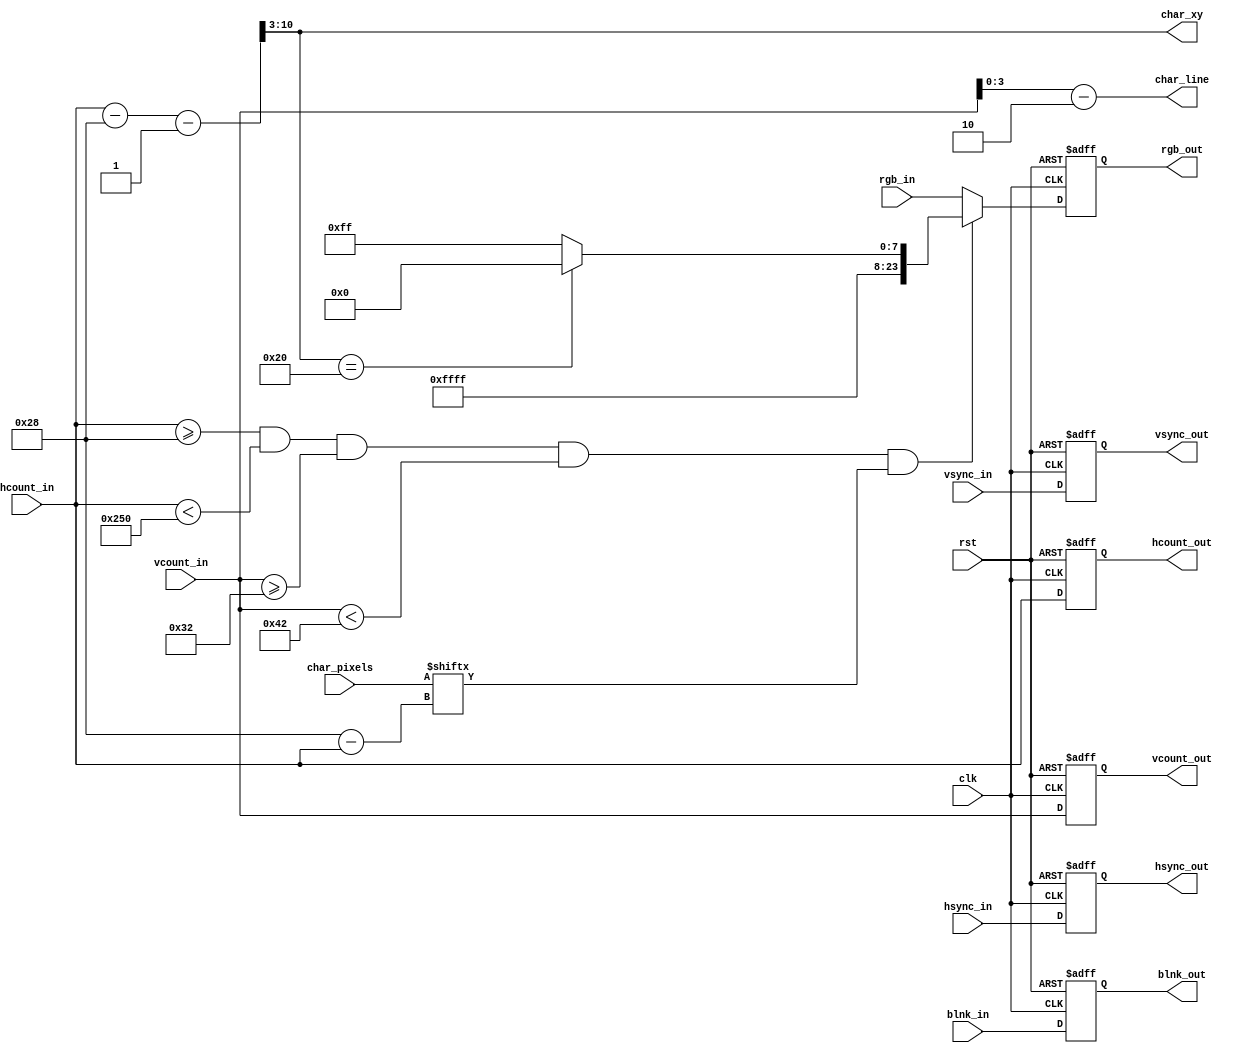
module DrawMarioScore(
    input wire clk,
    input wire rst,
    input wire [9:0] hcount_in,
    input wire hsync_in,
    input wire [9:0] vcount_in,
    input wire vsync_in,
    input wire [23:0] rgb_in,
    input wire blnk_in,
    input wire [7:0] char_pixels,
    output reg [9:0] hcount_out,
    output reg hsync_out,
    output reg [9:0] vcount_out,
    output reg vsync_out,
    output reg [23:0] rgb_out,
    output reg blnk_out,
    output reg [7:0] char_xy,
    output reg [3:0] char_line
    );
    reg [23:0] rgb_nxt;
    localparam XPOS     = 40;
    localparam YPOS     = 50;
    localparam WIDTH    = 552;
    localparam HEIGHT   = 16;
    always @(posedge clk or posedge rst) begin
        if(rst) begin
            hcount_out  <= #1 0;
            vcount_out  <= #1 0;
            hsync_out   <= #1 0;
            vsync_out   <= #1 0;
            rgb_out     <= #1 0;
            blnk_out    <= #1 0;
        end
        else begin
            hcount_out  <= #1 hcount_in;
            vcount_out  <= #1 vcount_in;
            hsync_out   <= #1 hsync_in;
            vsync_out   <= #1 vsync_in;
            rgb_out     <= #1 rgb_nxt;
            blnk_out    <= #1 blnk_in;
        end
    end
    always @* begin
        if ((hcount_in >= XPOS) && (hcount_in < XPOS + WIDTH) && (vcount_in >= YPOS) && (vcount_in < YPOS + HEIGHT) && (char_pixels[(XPOS - hcount_in)])) 
        begin
            if(char_xy == 8'h20)
                rgb_nxt = 24'hff_ff_00;
            else
                rgb_nxt = 24'hff_ff_ff;
        end
        else begin
            rgb_nxt = rgb_in; 
        end
    end
    always @* begin
        char_xy = (hcount_in - XPOS - 1)>>3;
    end
    always @* begin
        char_line = vcount_in - YPOS;
    end
endmodule